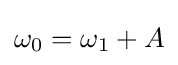
\omega _{0}=\omega _{1}+A